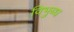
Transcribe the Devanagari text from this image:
विभुब्ध